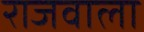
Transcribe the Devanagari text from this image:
राजवाला